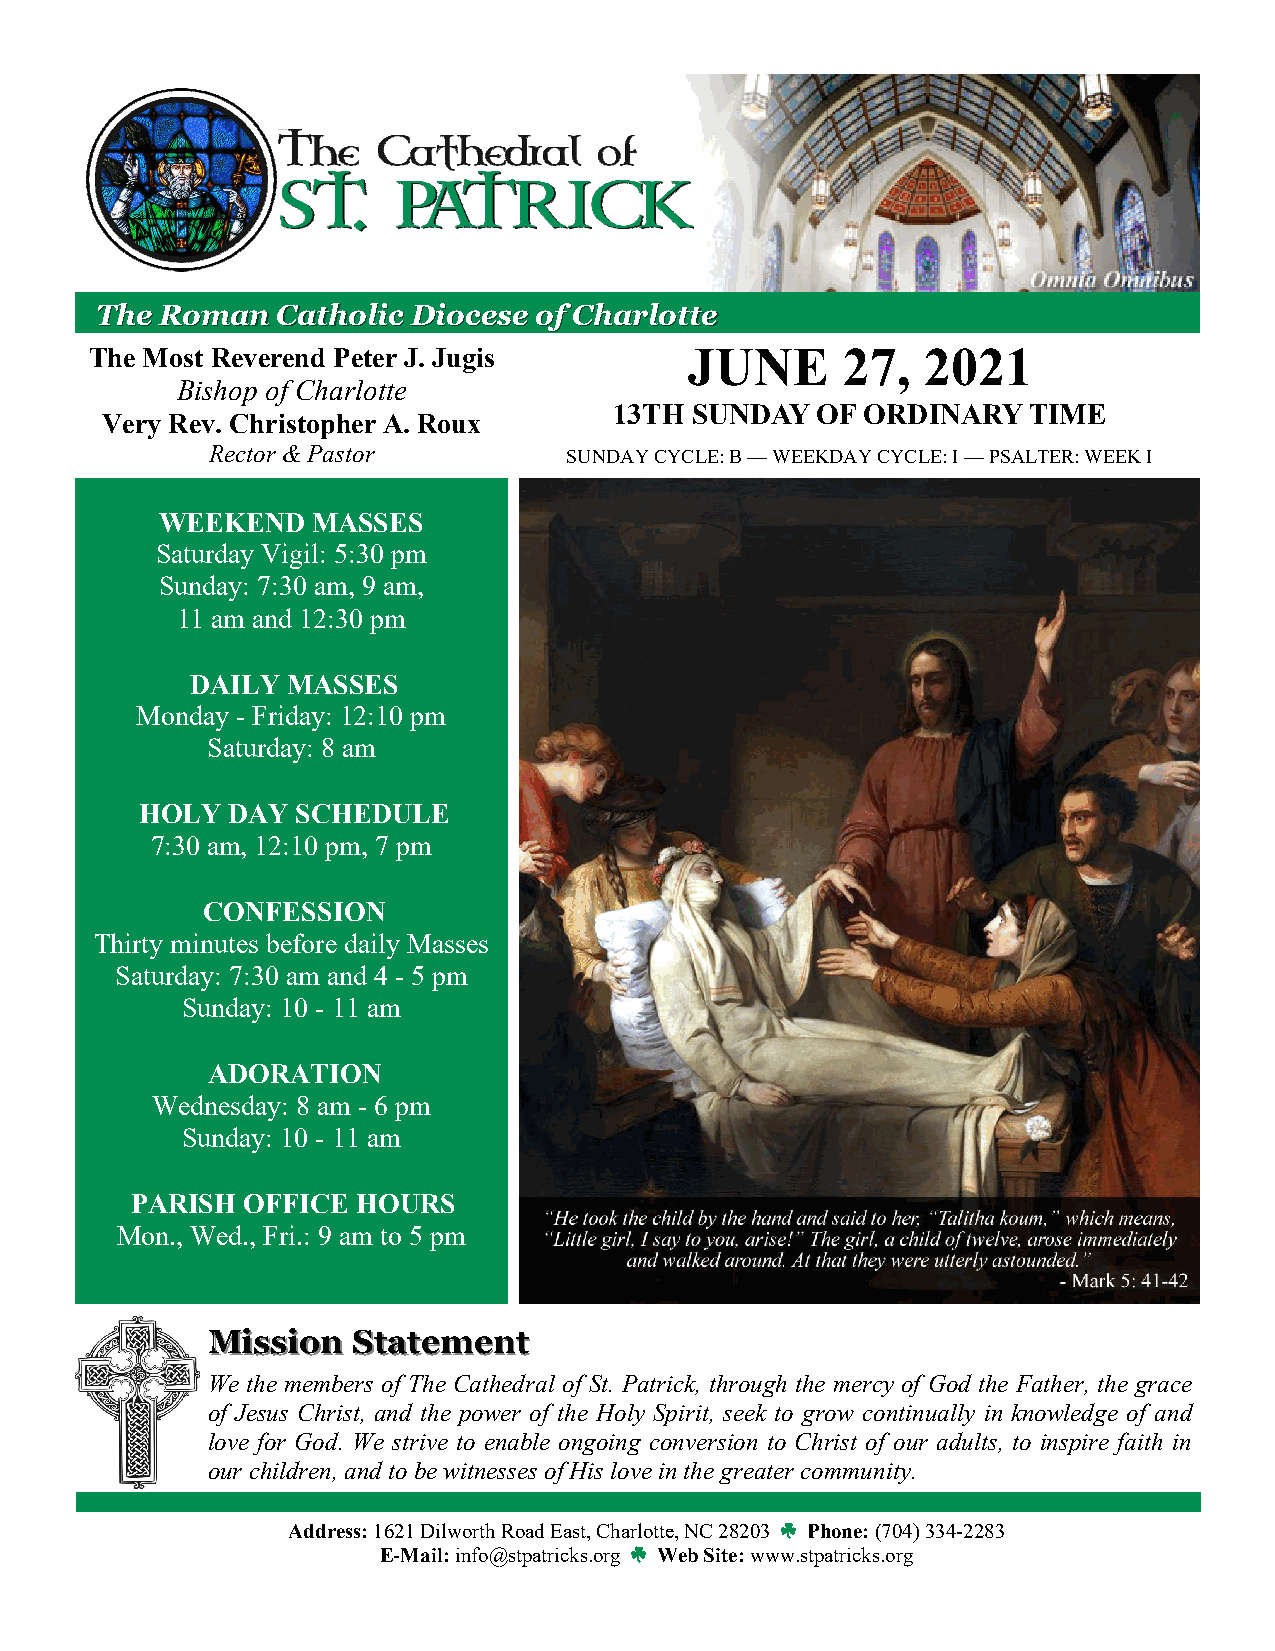
TThhee RRoommaann CCaatthhoolliicc DDiioocceessee ooff CChhaarrlloottttee
 The Most Reverend Peter J. Jugis        JUNE      27,  2021
 Bishop of Charlotte
 13TH SUNDAY  OF ORDINARY   TIME
 Very Rev. Christopher A. Roux
 Rector & Pastor         SUNDAY CYCLE: B — WEEKDAY CYCLE: I — PSALTER: WEEK I
 WEEKEND   MASSES
 Saturday Vigil: 5:30 pm
 Sunday: 7:30 am, 9 am,
 11 am and 12:30 pm
 DAILY MASSES
 Monday - Friday: 12:10 pm
 Saturday: 8 am
 HOLY  DAY  SCHEDULE
 7:30 am, 12:10 pm, 7 pm
 CONFESSION
 Thirty minutes before daily Masses
 Saturday: 7:30 am and 4 - 5 pm
 Sunday: 10 - 11 am
 ADORATION
 Wednesday: 8 am - 6 pm
 Sunday: 10 - 11 am
 PARISH OFFICE  HOURS
 Mon., Wed., Fri.: 9 am to 5 pm
 MMiissssiioonn SSttaatteemmeenntt
 We the members of The Cathedral of St. Patrick, through the mercy of God the Father, the grace
 of Jesus Christ, and the power of the Holy Spirit, seek to grow continually in knowledge of and
 love for God. We strive to enable ongoing conversion to Christ of our adults, to inspire faith in
 our children, and to be witnesses of His love in the greater community.
 Address: 1621 Dilworth Road East, Charlotte, NC 28203 Phone: (704) 334-2283
 E-Mail: info@stpatricks.org Web Site: www.stpatricks.org